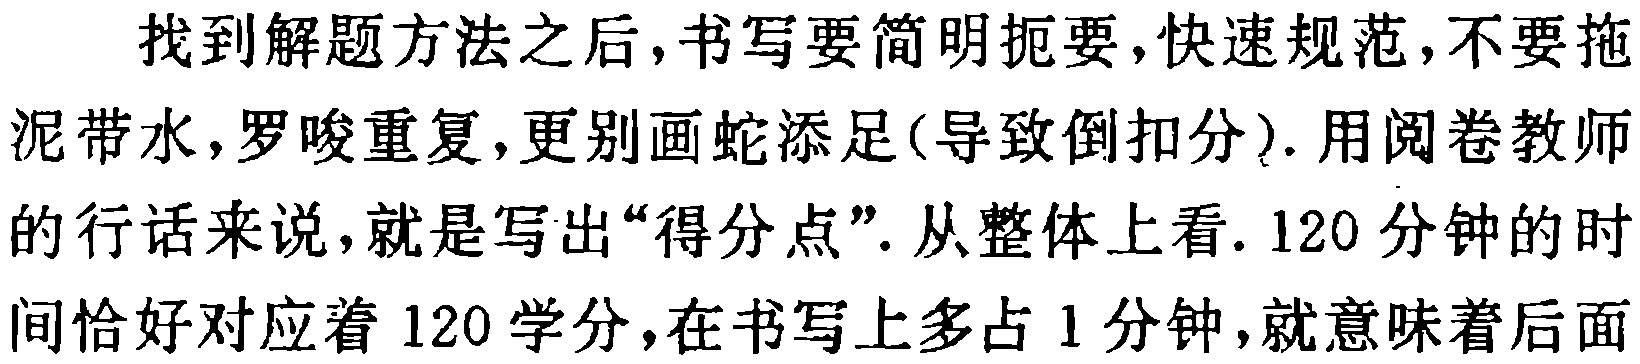
找到解题方法之后,书写要简明扼要,快速规范,不要拖泥带水,罗唆重复,更别画蛇添足(导致倒扣分). 用阅卷教师的行话来说,就是写出“得分点”. 从整体上看. 120分钟的时间恰好对应着120学分,在书写上多占1分钟,就意味着后面